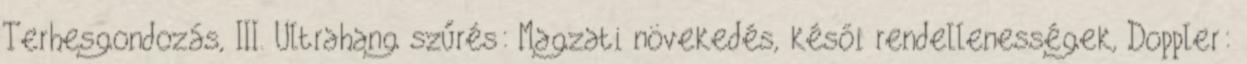
Terhesgondozás, III. Ultrahang szűrés: Magzati növekedés, késői rendellenességek, Doppler: